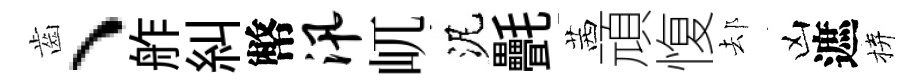
齒、舴糾幣汛屼泥㲲茜頑愎𨚫凶遮拚